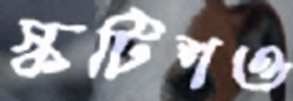
স্কটিশও